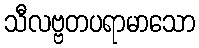
သီလဗ္ဗတပရာမာသော